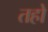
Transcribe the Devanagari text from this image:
तहो